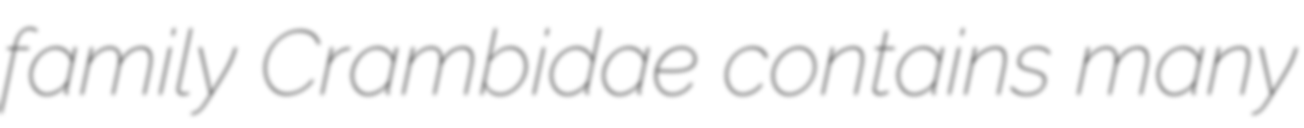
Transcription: family Crambidae contains many